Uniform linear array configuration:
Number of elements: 48
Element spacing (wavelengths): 0.5
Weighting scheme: exponential
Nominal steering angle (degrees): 60
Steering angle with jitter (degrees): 58.258
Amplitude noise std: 0.05
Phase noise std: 0.05

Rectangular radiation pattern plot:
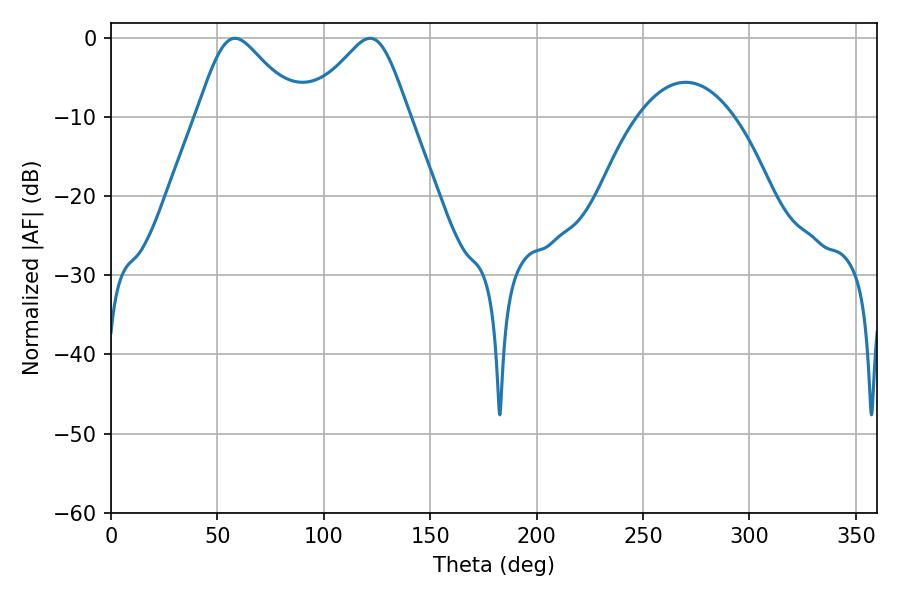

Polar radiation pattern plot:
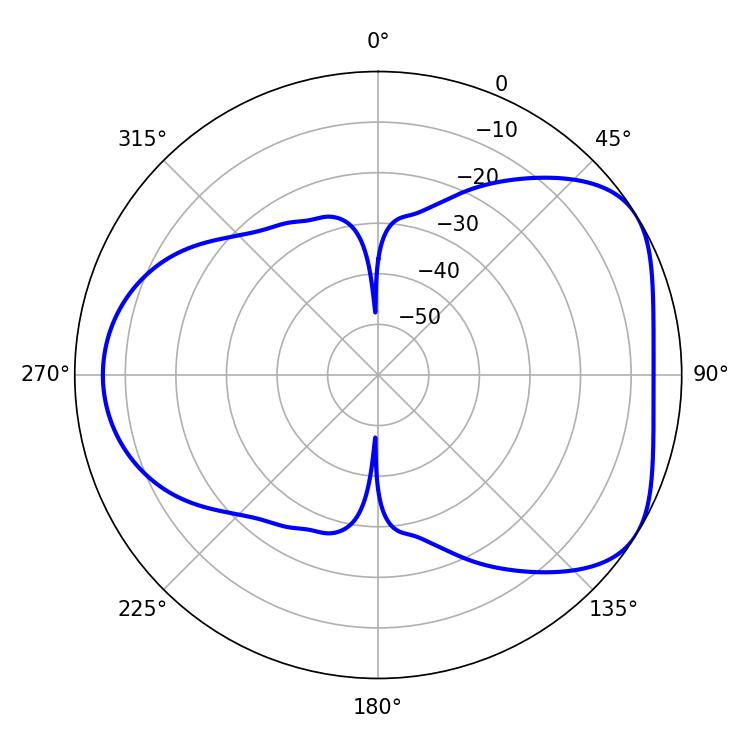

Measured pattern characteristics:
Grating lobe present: FALSE
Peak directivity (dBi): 4.879
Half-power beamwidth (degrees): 23.22
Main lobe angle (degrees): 58.32